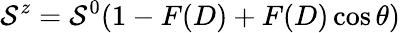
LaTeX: \mathcal{S}^{z}=\mathcal{S}^{0}(1-F(D)+F(D)\cos\theta)